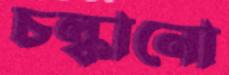
চল্‌কানো